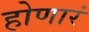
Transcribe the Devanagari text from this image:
होणारं